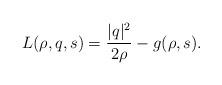
LaTeX: \begin{align*}L(\rho,q,s)=\frac{|q|^2}{2\rho}-g(\rho,s).\end{align*}